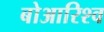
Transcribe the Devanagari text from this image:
बोआरिश्व